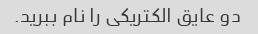
دو عایق الکتریکی را نام ببرید.